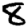
Digit: 8